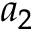
a _ { 2 }